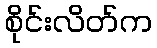
စိုင်းလိတ်က